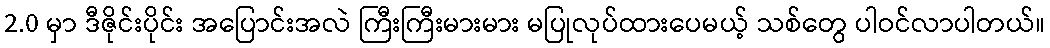
2.0 မှာ ဒီဇိုင်းပိုင်း အပြောင်းအလဲ ကြီးကြီးမားမား မပြုလုပ်ထားပေမယ့် သစ်တွေ ပါဝင်လာပါတယ်။